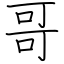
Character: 哥